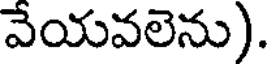
వేయవలెను).